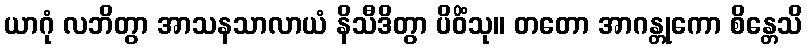
ယာဂုံ လဘိတွာ အာသနသာလာယံ နိသီဒိတွာ ပိဝိံသု။ တတော အာဂန္တုကော စိန္တေသိ